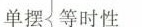
单摆 等时性